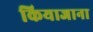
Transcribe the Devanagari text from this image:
कियाजाना